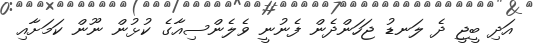
އަދި ބީޖީ ދެ ލަނޑު ޖަހަންދެން ފެނުނީ ވެލެންސިއާގެ ކުޅުން ނޫން ކަމަށާއި